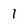
Character: i